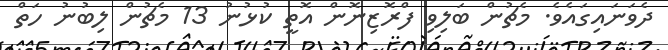
ދެވަނައިގައެވެ. މެޗުން ބަލިވި ފްރޮޒިނޮން އޮތީ ކުޅުނު 13 މެޗުން ލިބުނު ހަތް